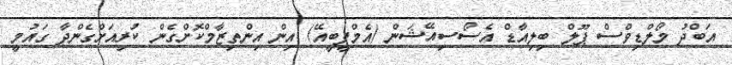
އަބްދު މޯލްޑިވްސް ޕޫލް ބިލިއާޑް އެސޯސިއޭޝަން (އެމްޕީބީއޭ) އިން އިންތިޒާމްކޮށްގެން ކުރިއަށްގެންދާ ގައުމީ